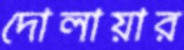
দোলায়ার